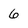
Character: 6